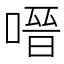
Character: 𭉟